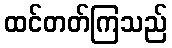
ထင်တတ်ကြသည်